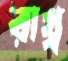
রাখ্ব